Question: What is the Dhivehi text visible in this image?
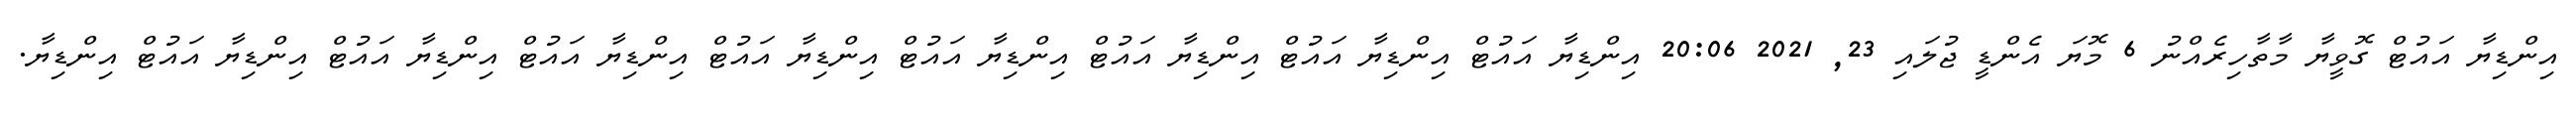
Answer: އިންޑިޔާ އައުޓް ގޮވީޔާ މާތާހިރެއްނު 6 މޮޔަ އެންޑީ ޖުލައި 23, 2021 20:06 އިންޑިޔާ އައުޓް އިންޑިޔާ އައުޓް އިންޑިޔާ އައުޓް އިންޑިޔާ އައުޓް އިންޑިޔާ އައުޓް އިންޑިޔާ އައުޓް އިންޑިޔާ އައުޓް އިންޑިޔާ އައުޓް އިންޑިޔާ.